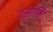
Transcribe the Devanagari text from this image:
वसामि